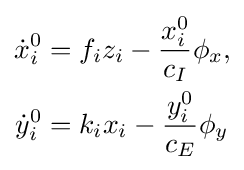
{\begin{aligned}{\dot {x}}_{i}^{0}&=f_{i}z_{i}-{\frac {x_{i}^{0}}{c_{I}}}\phi _{x},\\{\dot {y}}_{i}^{0}&=k_{i}x_{i}-{\frac {y_{i}^{0}}{c_{E}}}\phi _{y}\end{aligned}}